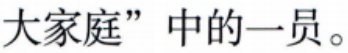
大家庭”中的一员。